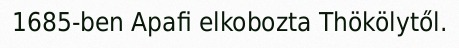
1685-ben Apafi elkobozta Thökölytől.